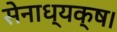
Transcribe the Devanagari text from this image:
सेनाध्यक्ष।